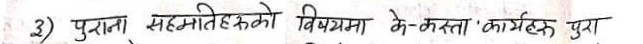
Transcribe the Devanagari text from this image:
3) पुराना सहमतिहरूको विषयमा के-कस्ता कार्यहरू पुरा